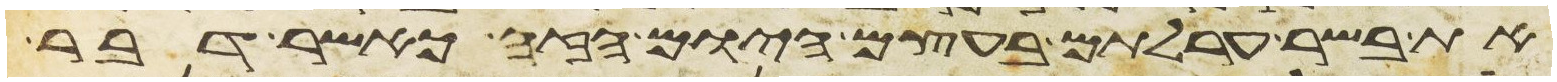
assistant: את בשר ערלתם בעצם היום הזה כאשר דבר